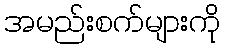
အမည်းစက်များကို